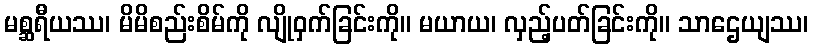
မစ္ဆရီယဿ၊ မိမိစည်းစိမ်ကို လျိုဝှက်ခြင်းကို။ မယာယ၊ လှည့်ပတ်ခြင်းကို။ သာဌေယျဿ၊